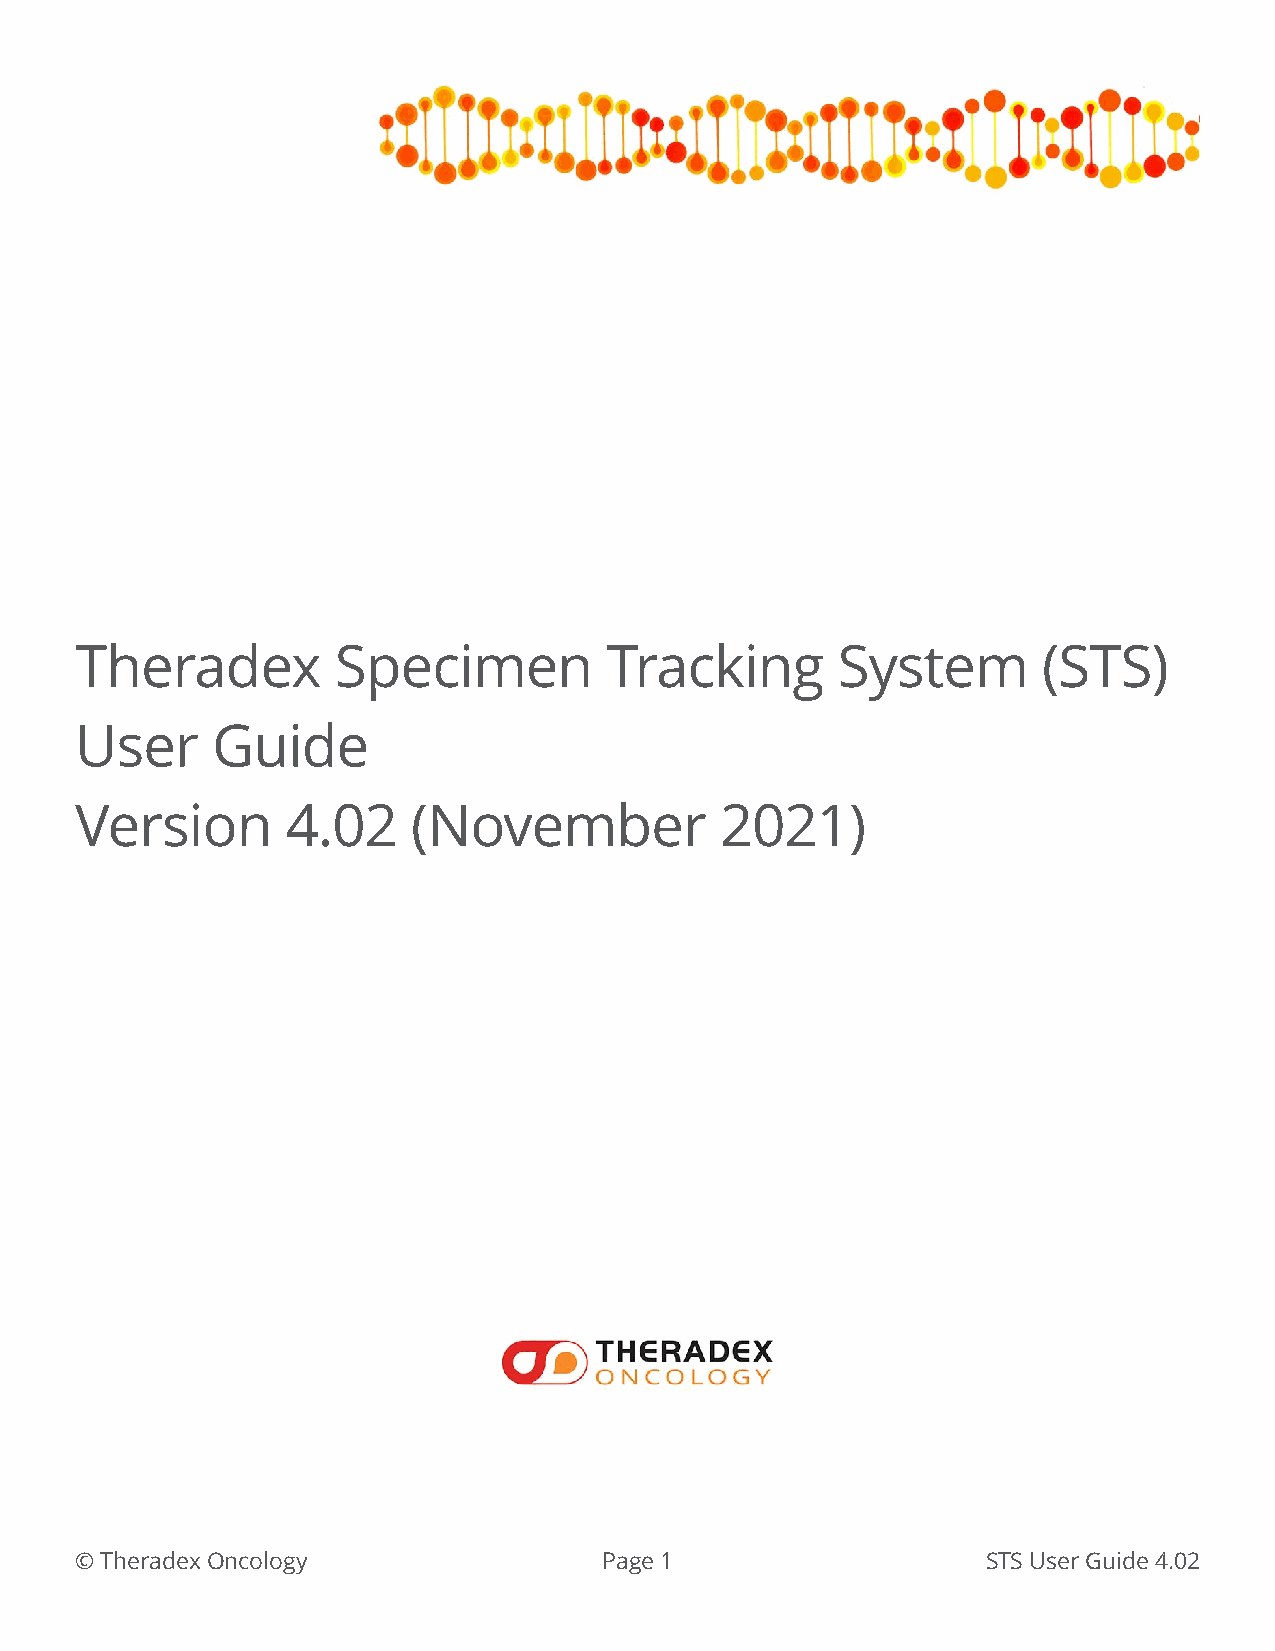
Theradex         Specimen          Tracking       System        (STS)
 User     Guide
 Version       4.02    (November            2021)
 © Theradex Oncology                Page 1                   STS User Guide 4.02